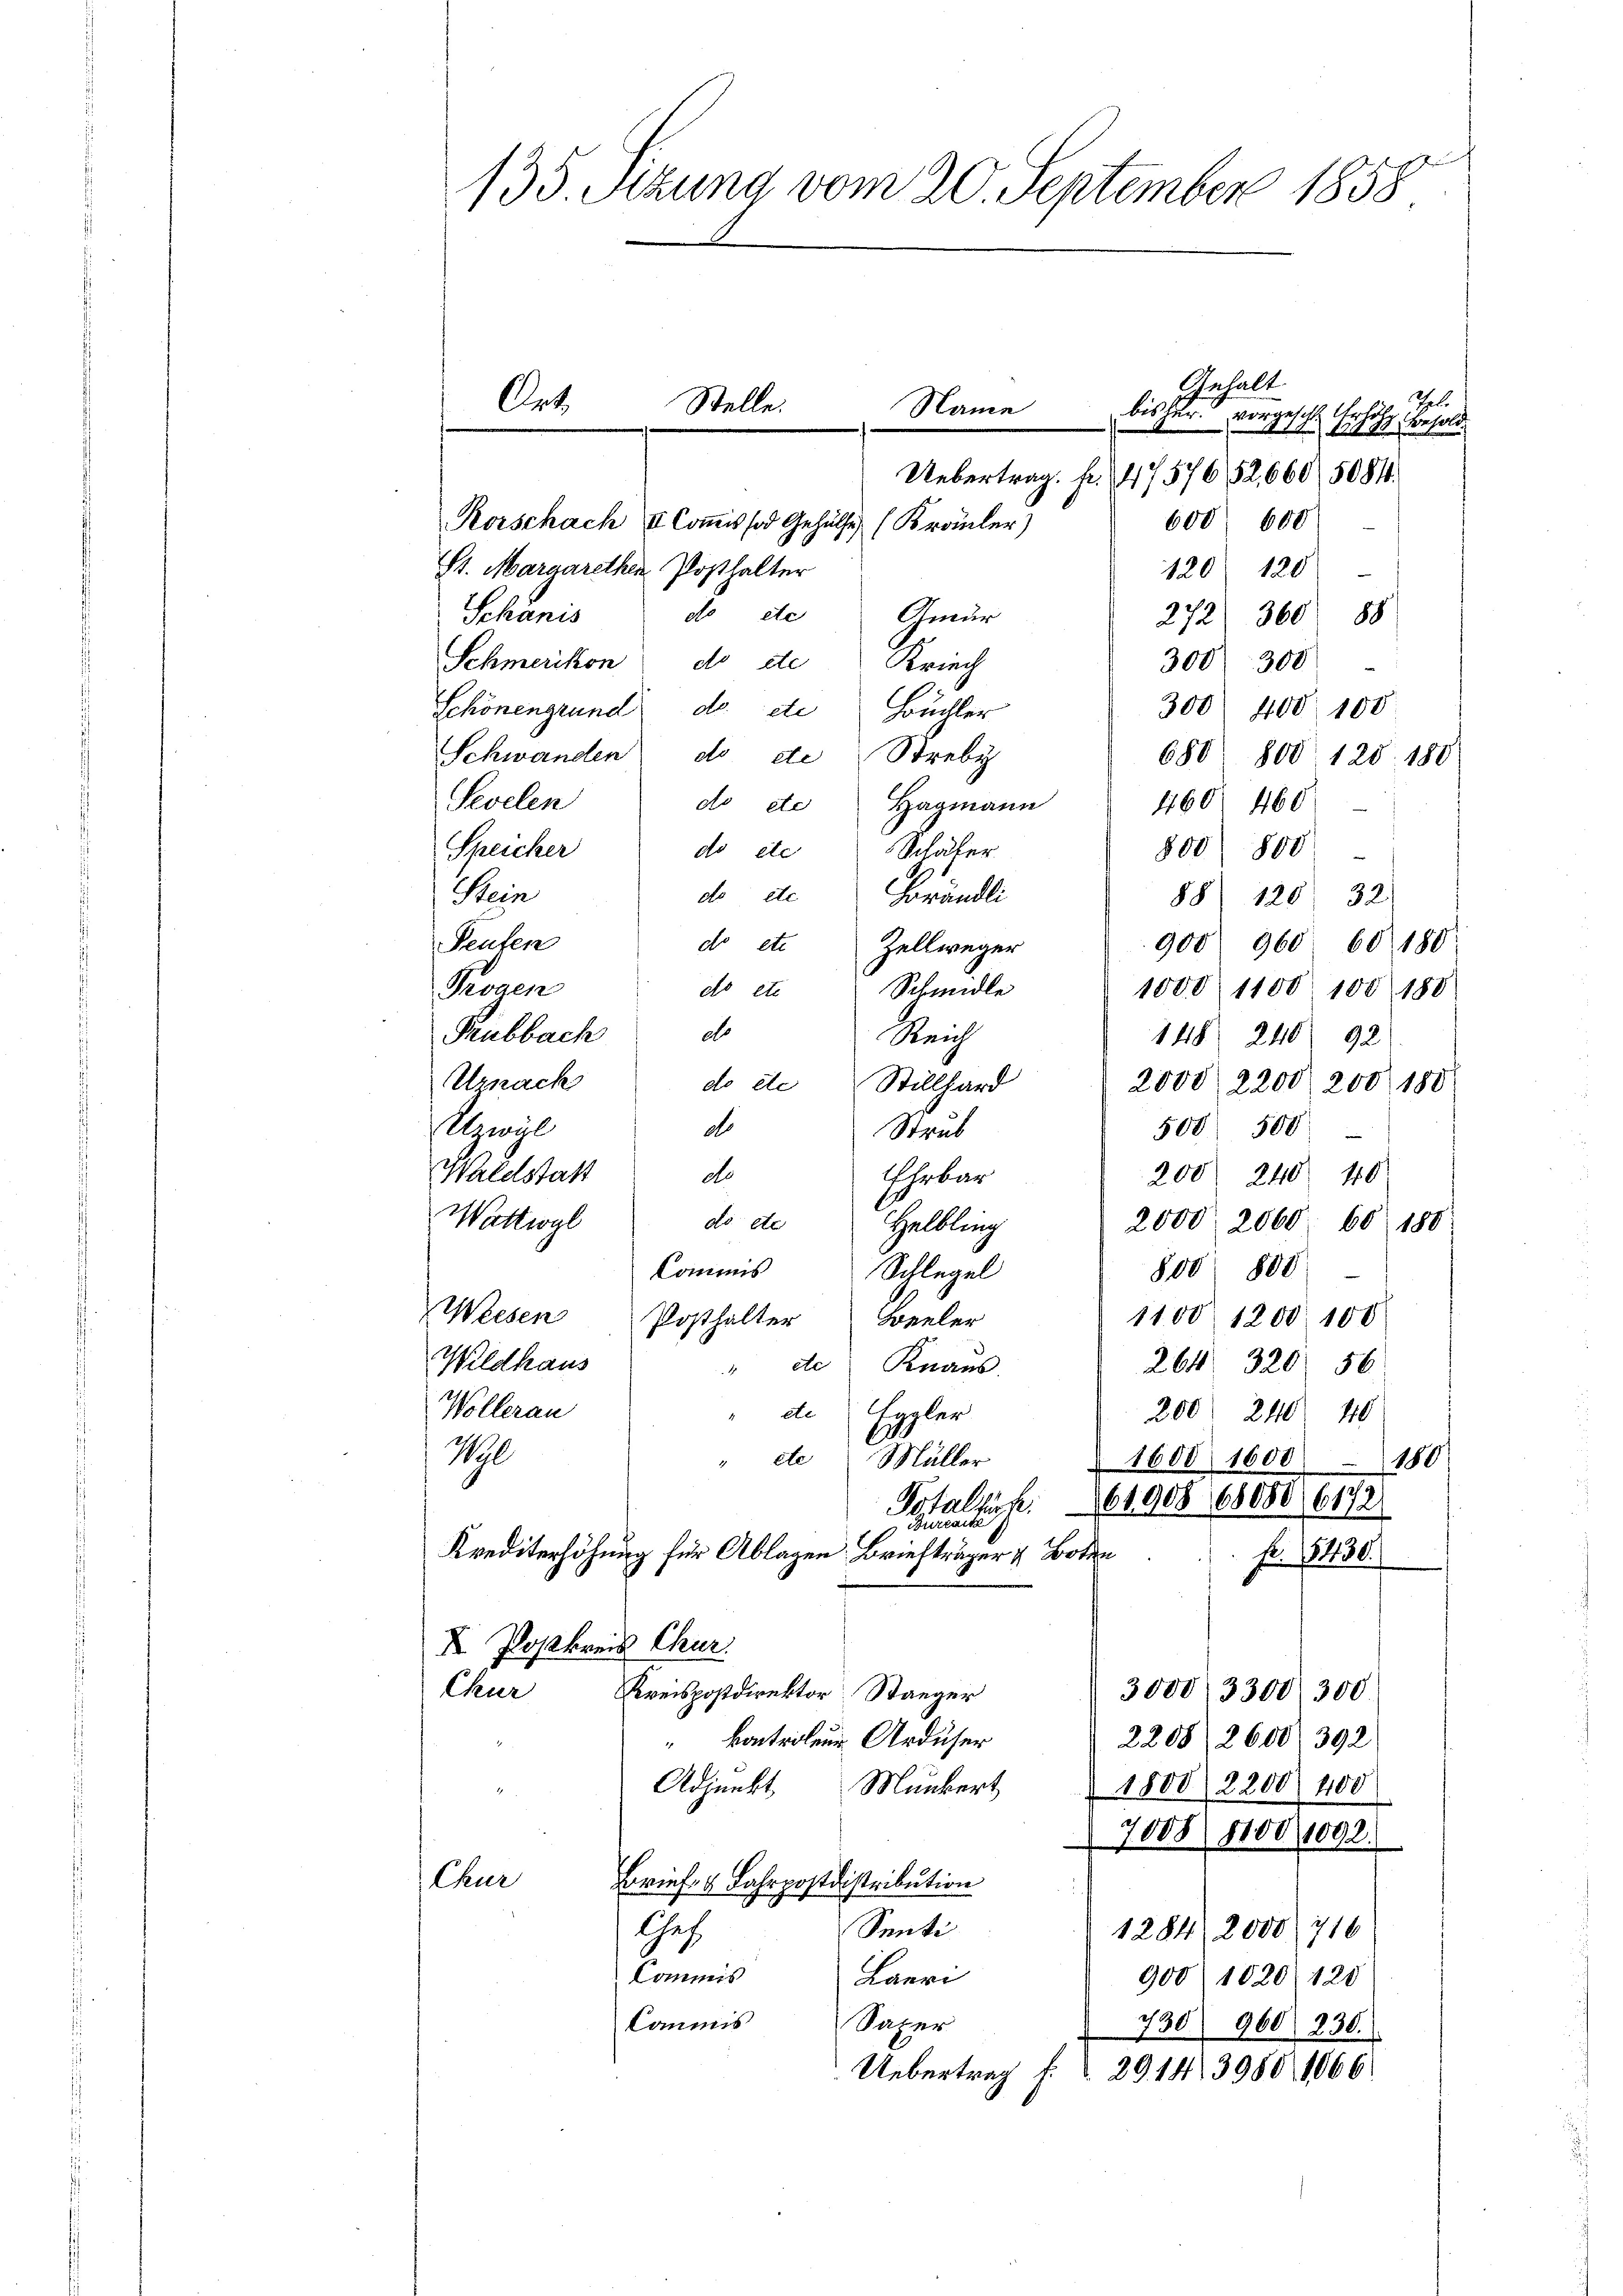
135. Sitzung vom 20. September 1858

Gehalt
Thl.
bisher
Er.
vorgeschl
A12 1890 Besold
Uebertrag. Fr. (4757652,660/5084.
600 600
Korschach & Commissor Gehülfe (Kräuler)
St. Margarethen Posthalter
120 120
Schanis
do etc Gmür
272/ 360 88
Schmerikon do de Kriech
300' 300
300. 400. 100
Schönengrund do etc Büchler
Schwanden do de Strebe
688 800. 120. 180
Sevelen
460 460
do etc Hagmann
Speicher
do etc. Schaler
800) 800
de die Gerändli
Kein
88 120 32.
Peufen
900 960. 60180
do etc Zellweger
Pronen
do et Schmidle
1000 1100 100 188
Pubbach d
Reich
148. 240 92
Urnach
do de Stillhard
2000, 2200, 200 180
Stwyl
as
500 500
Stand
Waldstatt
do
200 240 40
Ehrbar
Wattwyl
2000. 2060 60 180
do die Helbling
Commis
800 808
Schlegel
Weesen Posthalter Beeler
1100 1200 100
Wildhaus
264. 320. 56
" de Knaus.
Wollerau
de Eggler
200 240 40
Vol
" die Müller
1688 1600
100
6172
Totalsuck. 161908 68080
Bureaitz
Krediterhöhung für Ablagen Briefträger & Boten
fr. 8430.
X Postkreis Chur.
Chur
3000, 3300/300
Kreispostdirektor Stanger
kontroleur. Ardüser
2208/2600/392
1
Adjunkt Munkert
1800/2200/ 400
7008/ 1100,1092
Chur
Brief- & Fahrpostdistribution
Chef.
Senti
1284), 2000. 716
Commis
Lauri
900/1020/120
Commis
Saxer
730 960) 230.
Uebertrag f. d. 2914/3980, 1066

Ort.

Stelle.

Name